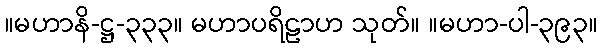
။မဟာနိ-ဋ္ဌ-၃၃၃။ မဟာပရိဠာဟ သုတ်။ ။မဟာ-ပါ-၃၉၃။